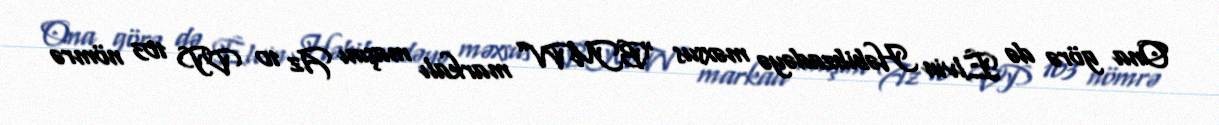
Ona görə də Elvin Həbibzadəyə məxsus “BMW” markalı maşını Az 10 VP 103 nömrə